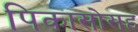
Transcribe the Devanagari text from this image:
पिकासोसह